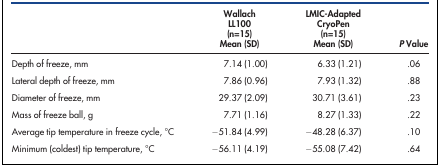
|  | Wallach LL100 (n=15) Mean (SD) | LMIC-Adapted CryoPen (n=15) Mean (SD) | P Value |
 | --- | --- | --- | --- |
 | Depth of freeze, mm | 7.14 (1.00) | 6.33 (1.21) | .06 |
 | Lateral depth of freeze, mm | 7.86 (0.96) | 7.93 (1.32) | .88 |
 | Diameter of freeze, mm | 29.37 (2.09) | 30.71 (3.61) | .23 |
 | Mass of freeze ball, g | 7.71 (1.16) | 8.27 (1.33) | .22 |
 | Average tip temperature in freeze cycle, °C | −51.84 (4.99) | −48.28 (6.37) | .10 |
 | Minimum (coldest) tip temperature, °C | −56.11 (4.19) | −55.08 (7.42) | .64 |